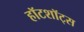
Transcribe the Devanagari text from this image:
हॉटशॉट्स